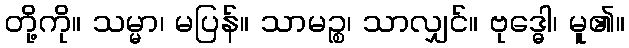
တို့ကို။ သမ္မာ၊ မပြန်။ သာမဉ္စ၊ သာလျှင်။ ဗုဒ္ဓေါ၊ မူ၏။